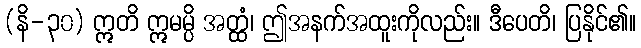
(နိ-၃၀) ဣတိ ဣမမ္ပိ အတ္ထံ၊ ဤအနက်အထူးကိုလည်း။ ဒီပေတိ၊ ပြနိုင်၏။